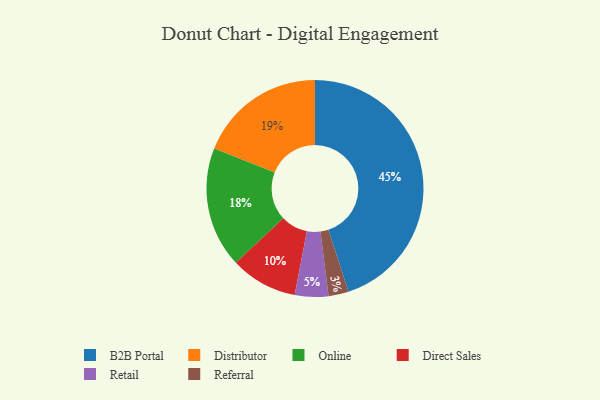
{"axis": {"x": "Category", "y": "Percentage"}, "legend": ["B2B Portal", "Direct Sales", "Distributor", "Online", "Referral", "Retail"], "data": [{"x": "B2B Portal", "y": 45, "type": "B2B Portal"}, {"x": "Retail", "y": 5, "type": "Retail"}, {"x": "Referral", "y": 3, "type": "Referral"}, {"x": "Direct Sales", "y": 10, "type": "Direct Sales"}, {"x": "Online", "y": 18, "type": "Online"}, {"x": "Distributor", "y": 19, "type": "Distributor"}]}